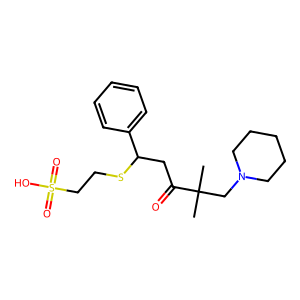
SMILES: CC(C)(CN1CCCCC1)C(=O)CC(SCCS(=O)(=O)O)c1ccccc1
Inhibits HIV replication: No